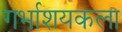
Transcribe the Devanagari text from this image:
गर्भाशयकला